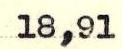
18,91